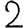
Digit: 2